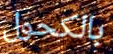
بالكحول